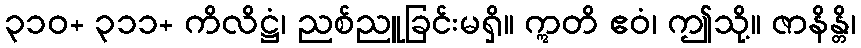
၃၁၀+ ၃၁၁+ ကိလိဋ္ဌံ၊ ညစ်ညူခြင်းမရှိ။ ဣတိ ဧဝံ၊ ဤသို့။ ဇာနိန္တိ၊